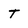
Character: T